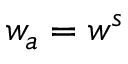
w _ { a } = w ^ { s }